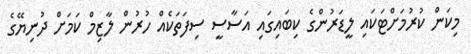
މިކަން ކުރުމަށްޓަކައި ލީޑަރުންގެ ކިބައިގައި އަސާސީ ސިފަތަކެއް ހުރުން ލާޒިމް ކަމަށް ދުނިޔޭގެ